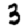
Digit: 3